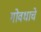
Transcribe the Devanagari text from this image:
गोवधाचे